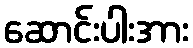
ဆောင်းပါးအား